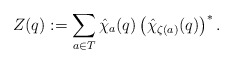
\begin{align*}Z(q):=\sum_{a\in T}\hat \chi_{a}(q)\left( \hat \chi_{\zeta(a)}(q) \right)^{*}. \end{align*}